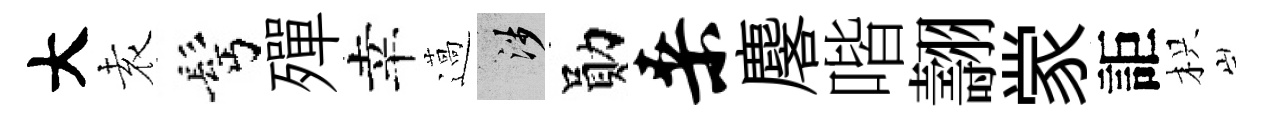
大𡊮髩殫幸薖涉勛桑麐喈翿䝉詎枳